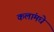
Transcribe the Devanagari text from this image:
कलांमधे